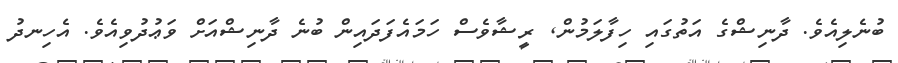
ބުނެލިއެވެ. ދާނިޝްގެ އަތުގައި ހިފާލަމުން